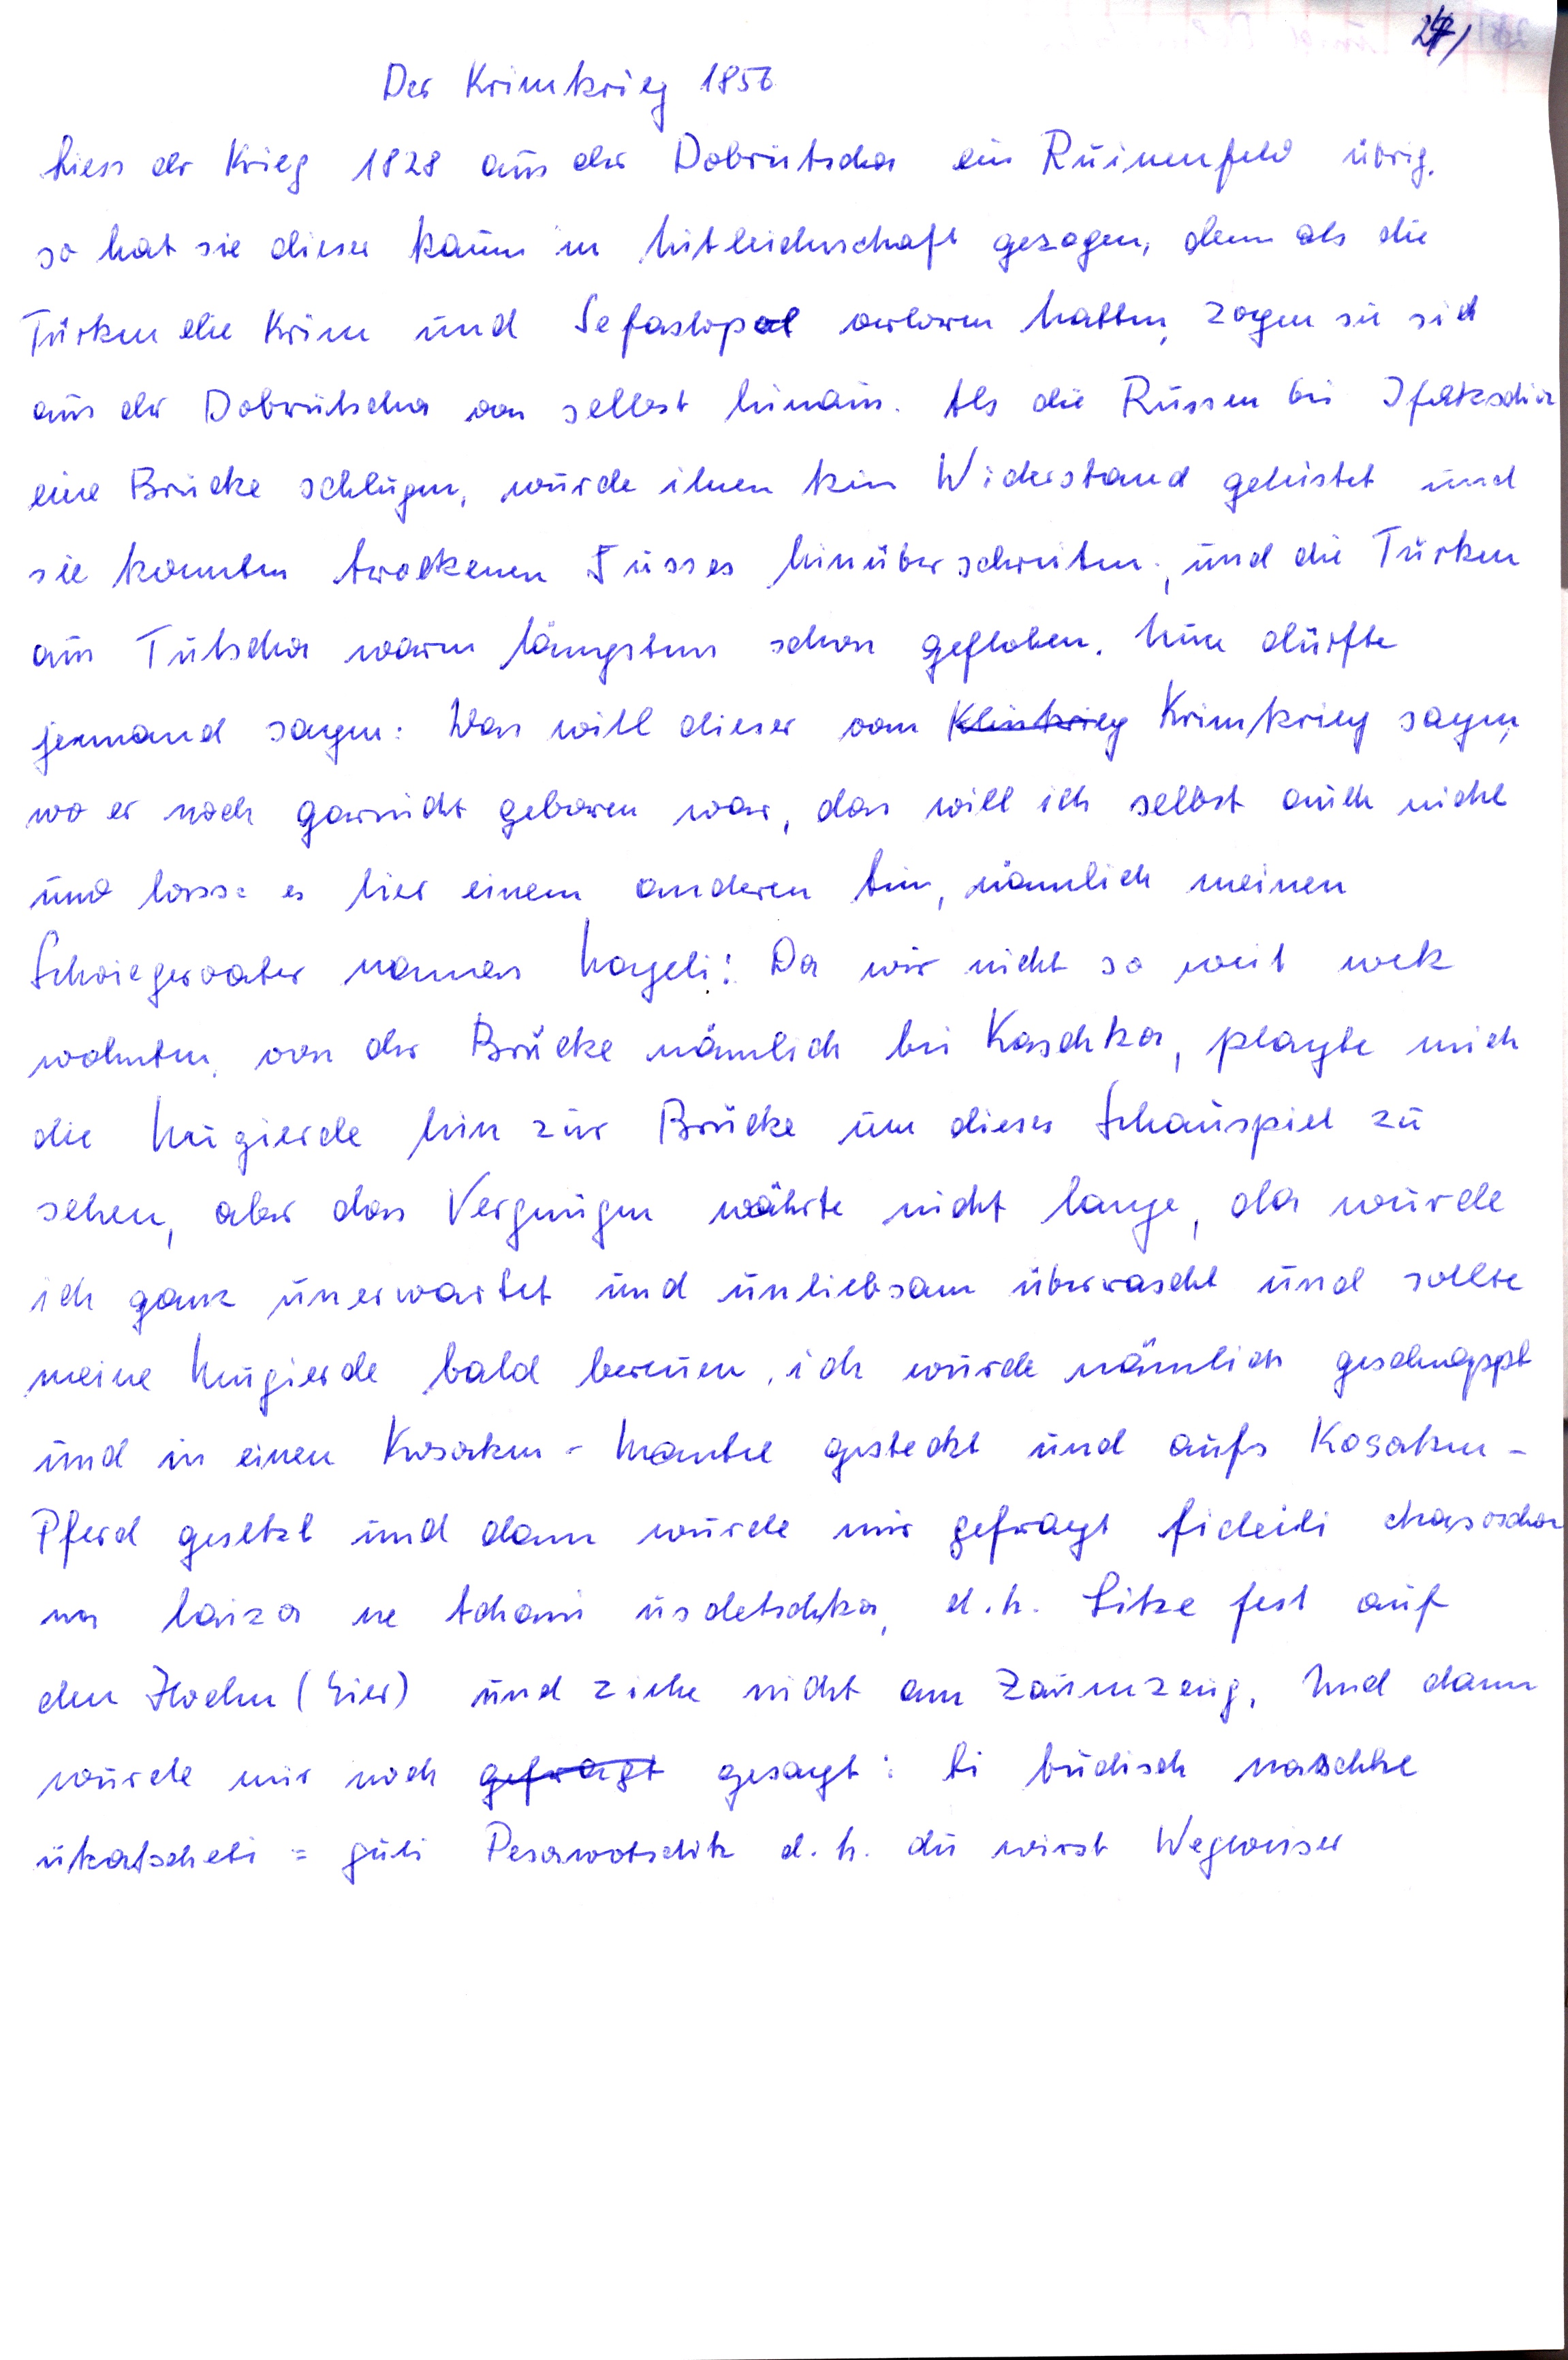
Der Krimkrieg 1875
Liess der Kieg 1828 aus der Dobrutscha, ein Ruinenfeld übrig
so hat sie diesen kaum in Mitleidnschaft gezogen, denn als die
Türken die Krim und Sefastopol verloren hatten zogen sie sich
aus der Dobrutscha von selbst hinaus. Als die Russen bei Ifekschia
eine Brücke schlugen, wurde ihnen kein Widerstand geleistet und
sie konnten trockenen Fusses hinüberschreiten, und die Türken
aus Tutscha waren längstens schon geflohen. Nun dürfte
jemand sagen : Was will dieser vom Klenkreg Krimkrieg sagen
wo er noch garnicht geboren war, das will ich selbst auch nicht
umd lasse es hier einem anderen tun, nämlich meinen
Schwiegervater namens Nageli : Da, wir nicht so weit wek
wohnten von der Brücke nämlich bei Kaschka, plagte mich
die Neugierde hin zur Brücke um dieses Schauspiel zu
sehen, aber das Vergnügen währte nicht lange da wurde
ich ganz unerwartet und unliebsam überrascht und sollte
meine Neugierde bald bereuen, ich wurde nämlich geschnappt
und in einen Kosaken- Mantel gesteckt und aufs Kosaken-
Pferd gesetzt und dann wurde mir gefreagt fideils chasoscho
im laiza ne Acham usdetschka d.h. Sitze fest auf
den Hoden (Eier) und ziehe nicht am Zaumzeug. Und dann
wurde mir noch geftragt gesagt : ti budisch naschhe
ukatscheli = guli Perawotschik d.h. du wirst Wegweiser